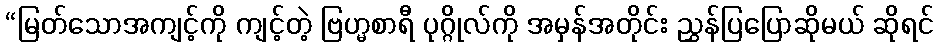
“မြတ်သောအကျင့်ကို ကျင့်တဲ့ ဗြဟ္မစာရီ ပုဂ္ဂိုလ်ကို အမှန်အတိုင်း ညွှန်ပြပြောဆိုမယ် ဆိုရင်